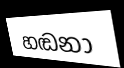
හඬනා